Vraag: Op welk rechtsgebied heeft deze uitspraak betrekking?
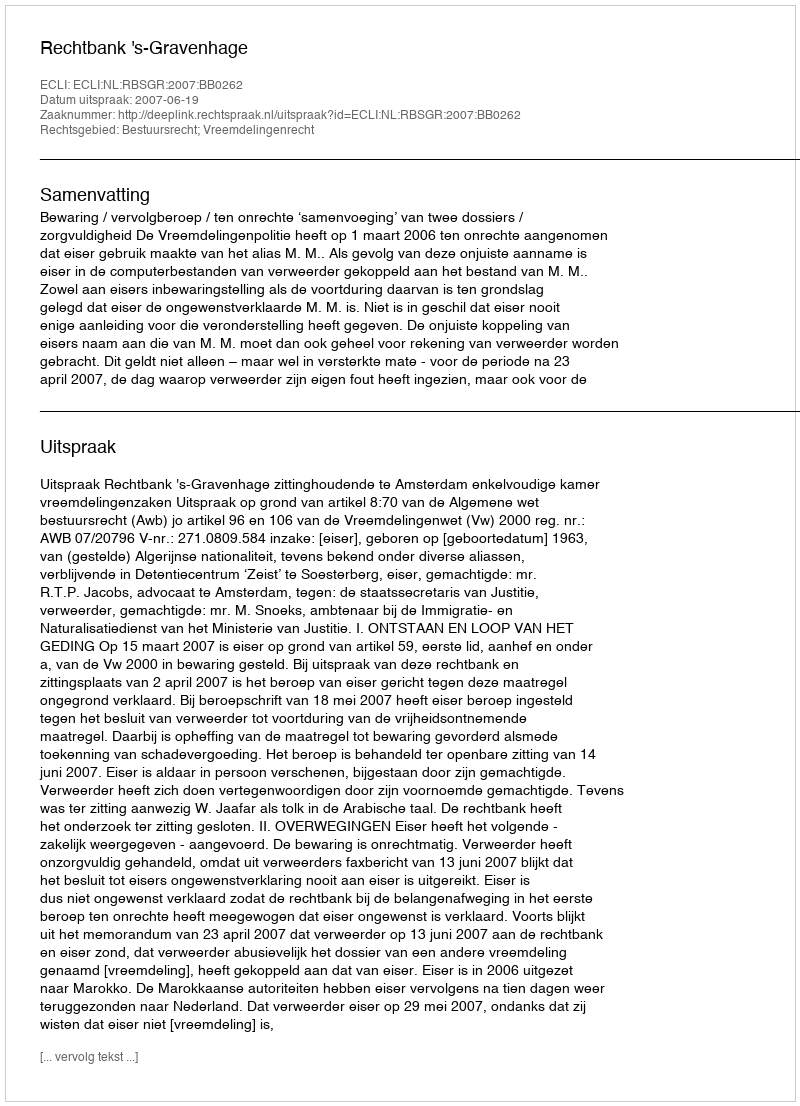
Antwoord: Bestuursrecht; Vreemdelingenrecht